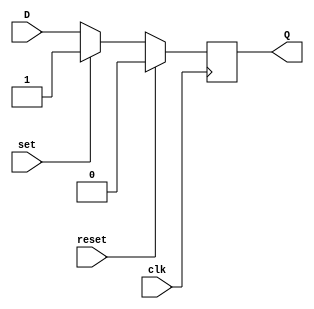
module dff (input D, input reset, input set, input clk, output reg Q);

always @(posedge clk) begin
if(reset)
Q <= 0;
else if(set)
Q <= 1;
else
Q <= D;
end

endmodule